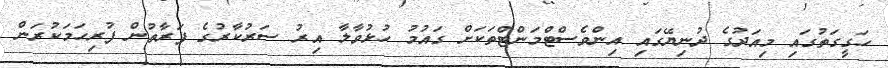
ހަގީގަތުގައި މިއަދުގެ ދުނިޔޭގައި އިންވެސްޓްމަންޓްތަކަށް ގައުމު ހުޅުވާލާ އިރު ސަރުކާރުގެ ފަރާތުން ފުރިހަމަކުރަން